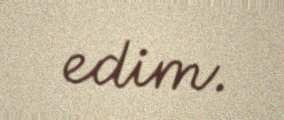
edim.